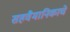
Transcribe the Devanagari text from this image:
सहवैमानिकाचे